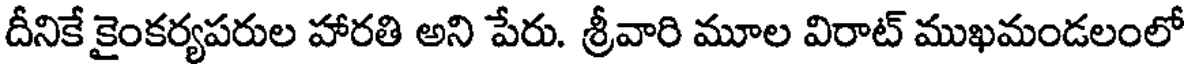
దీనికే కైంకర్యపరుల హారతి అని పేరు. శ్రీవారి మూల విరాట్ ముఖమండలంలో